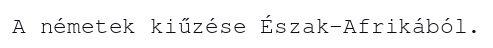
A németek kiűzése Észak-Afrikából.